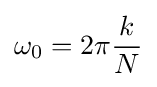
\omega _{0}=2\pi {\frac {k}{N}}